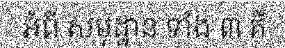
អំពី សមុដ្ឋាន ទាំង ៣ គឺ